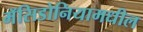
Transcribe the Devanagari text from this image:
मॅसिडोनियामधील